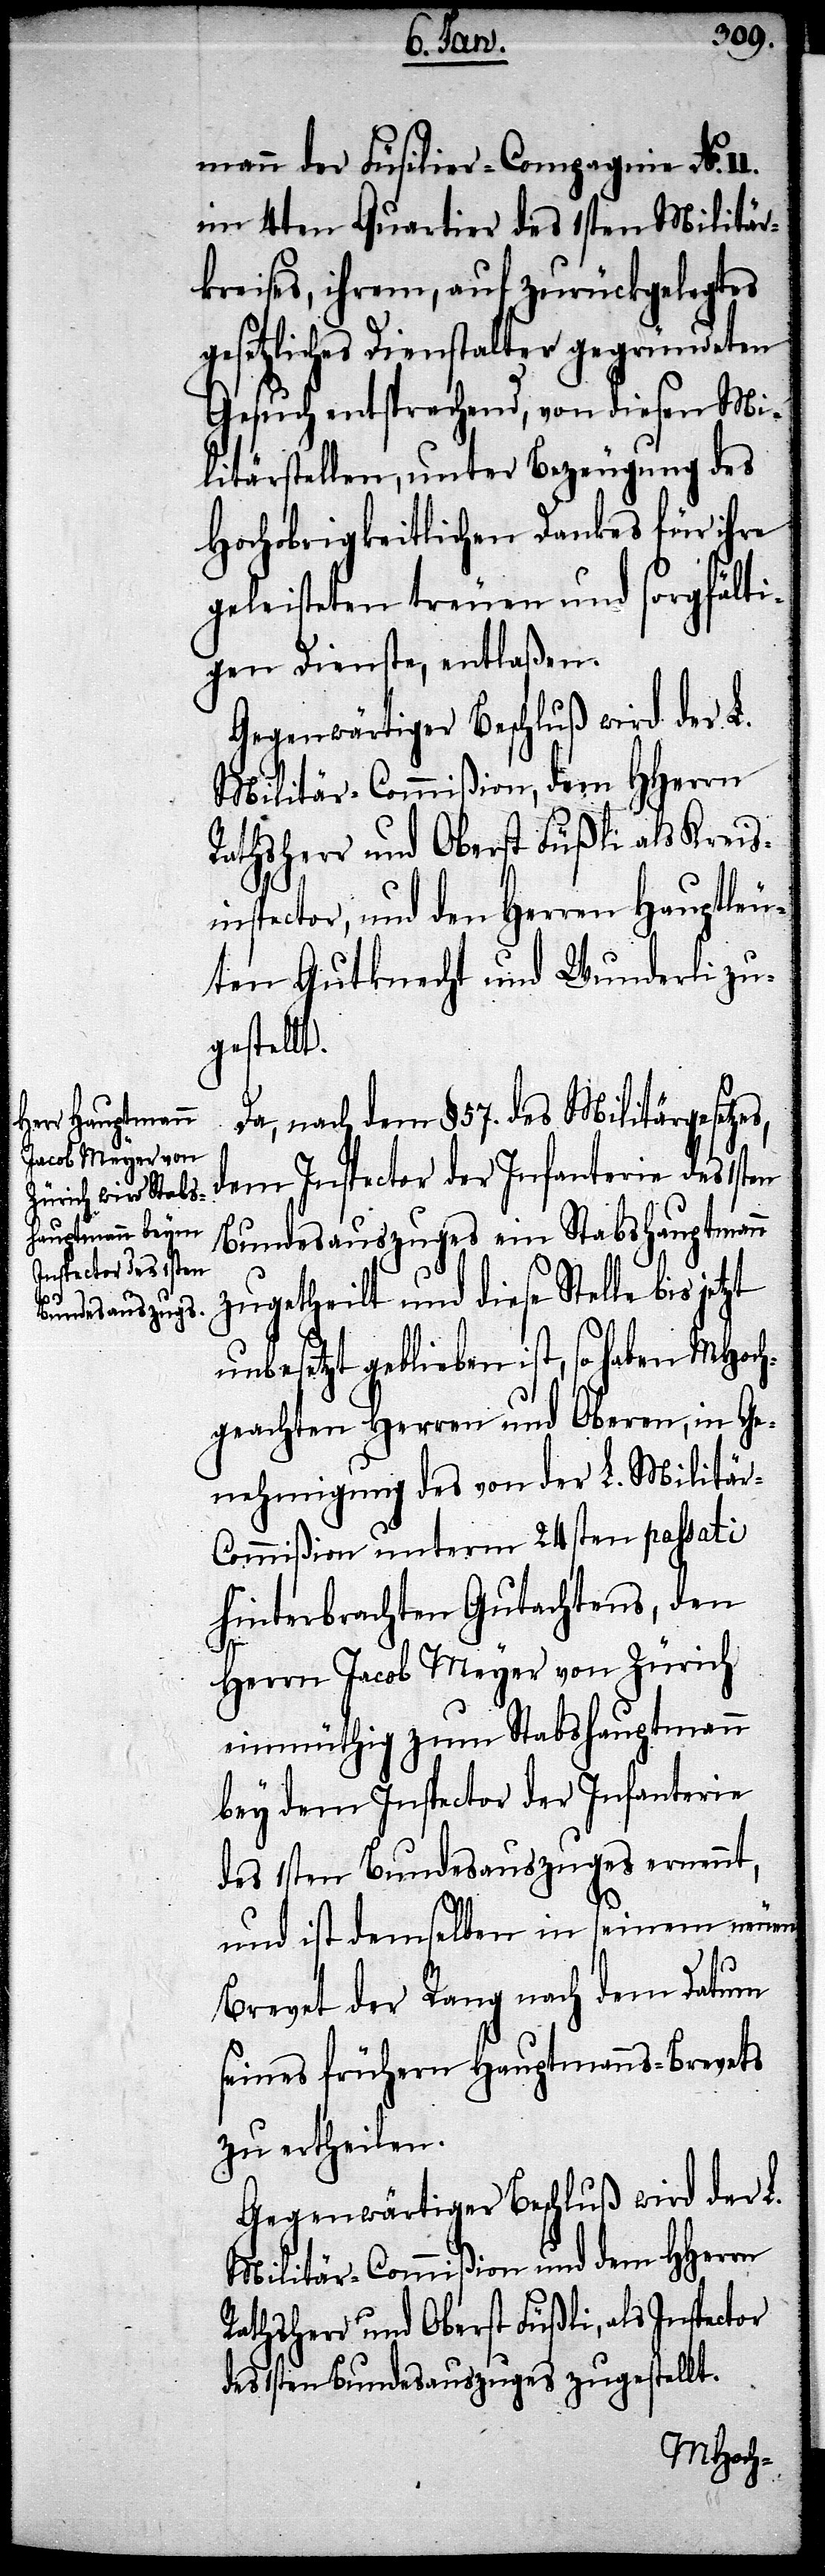
mann der Füsilier-Compagnie No.
im 4ten Quartier des 1sten Militär¬
keises, ihrem, auf zurückgelegtes
gesetzliches Dienstalter gegründeten
Gesuch entsprechend, von diesen Mi¬
litärstellen, unter Bezeugung des
Hochobrigkeitlichen Dankes für ihre
geleisteten treuen und sorgfälti¬
gen Dienste, entlaßen.
Gegenwärtiger Beschluß wird der L.
Rathsherr und Oberst Füßli als Kreis¬
inspector, und den Herren Hauptleu¬
ten Gutknecht und Wunderli zu¬
gestellt.
Da, nach dem §. 57. des Militärgesetzes,
dem Inspector der Infanterie des 1sten
Bundesauszuges ein Stabshauptmann
zugetheilt und diese Stelle bis
unbesetzt geblieben ist, so haben Mhoch¬
geachten Herren und Oberen, in Ge¬
nehmigung des von der L. Militä¬
r-Commißion unterm 24sten passati
hinterbrachten Gutachtens, den
Herrn Jacob Meyer von Zürich
einmüthig zum Stabshauptmann
bey dem Inspector der Infanterie
des 1sten Bundesauszuges ernennt,
und ist demselben in seinem neuen
Brevet der Rang nach dem Datum
seines frühern Hauptmanns-Brevets
zu ertheilen.
Gegenwärtiger Beschluß wird der L.
Militär-Commißion und dem HHerrn
Rathsherr und Oberst Füßli, als Inspector
des 1sten Bundesauszuges zugestellt.